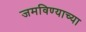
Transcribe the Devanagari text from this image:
जमविण्याच्या